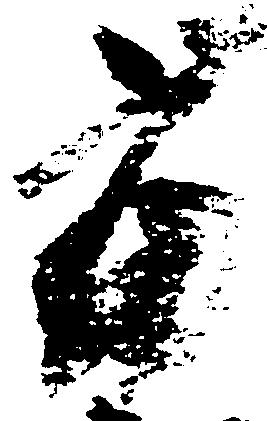
当